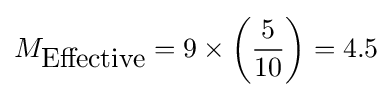
M_{\mbox{Effective}}=9\times \left({\frac {5}{10}}\right)=4.5